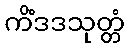
ကိံဒဒသုတ္တံ